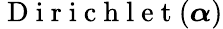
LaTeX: \mathrm{~D~i~r~i~c~h~l~e~t~}(\boldsymbol\alpha)